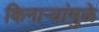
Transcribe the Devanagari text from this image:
किनाऱ्यांमुळे